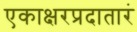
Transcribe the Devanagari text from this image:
एकाक्षरप्रदातारं